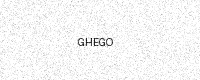
Text: GHEGO